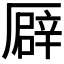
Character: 𠪮